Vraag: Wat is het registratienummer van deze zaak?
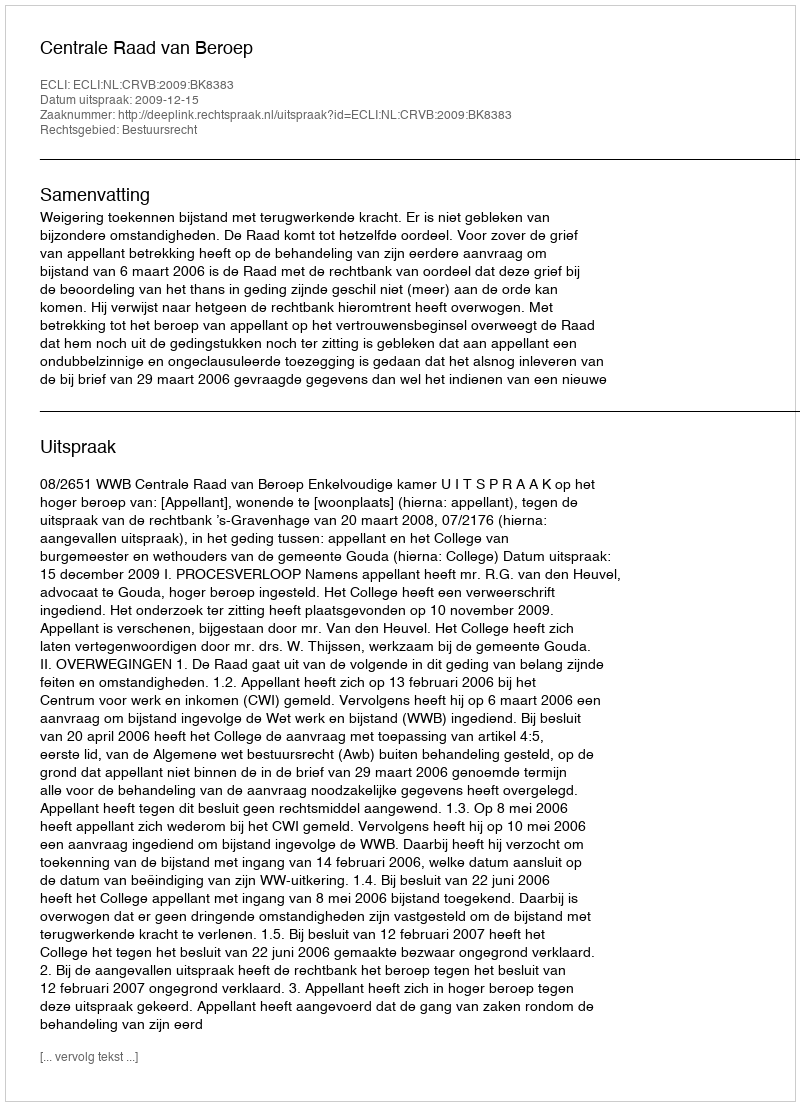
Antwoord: http://deeplink.rechtspraak.nl/uitspraak?id=ECLI:NL:CRVB:2009:BK8383